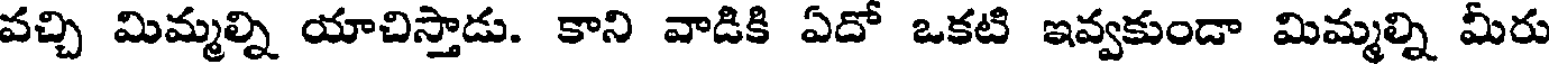
వచ్చి మిమ్మల్ని యాచిస్తాడు. కాని వాడికి ఏదో ఒకటి ఇవ్వకుండా మిమ్మల్ని మీరు